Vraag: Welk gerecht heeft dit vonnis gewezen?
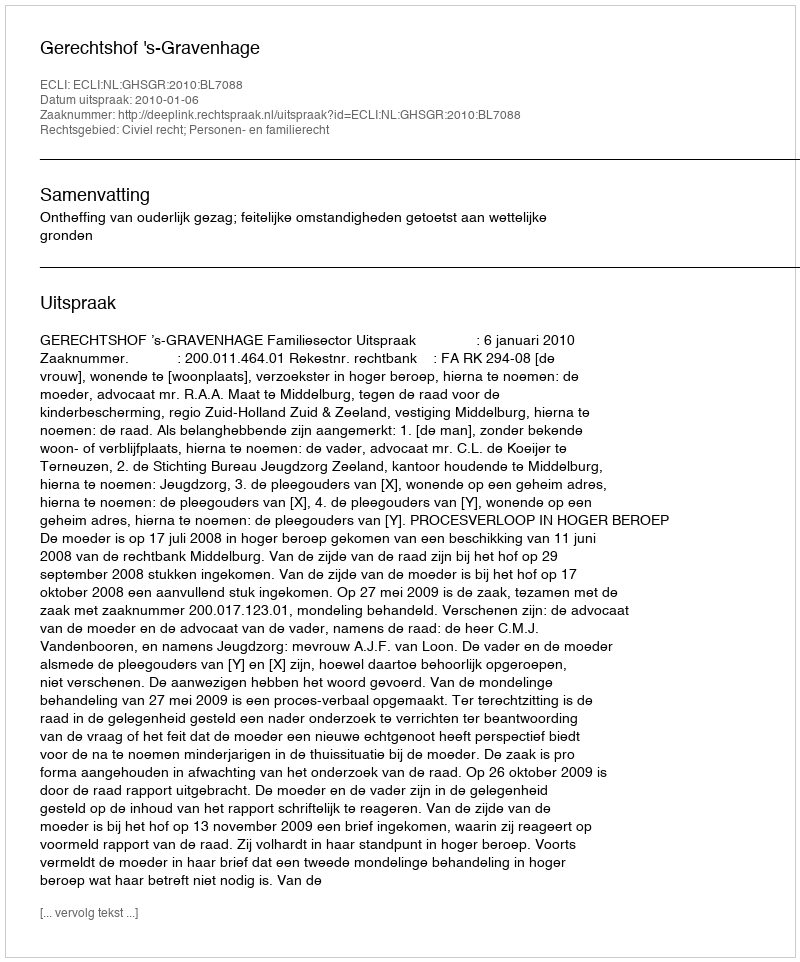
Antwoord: Gerechtshof 's-Gravenhage